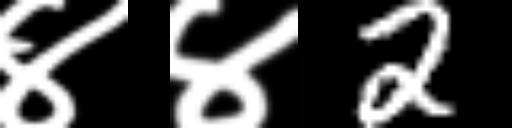
Text: ४४2